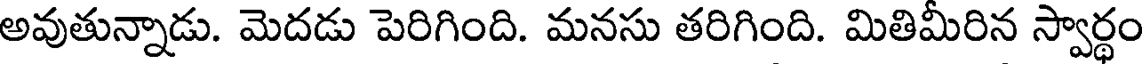
అవుతున్నాడు. మెదడు పెరిగింది. మనసు తరిగింది. మితిమీరిన స్వార్థం